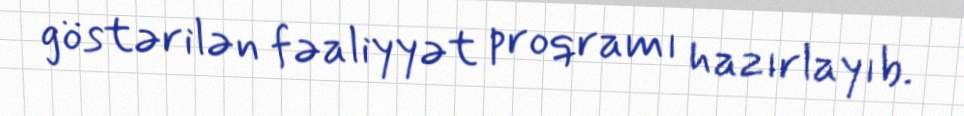
göstərilən fəaliyyət proqramı hazırlayıb.